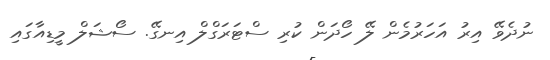
ނުދެވޭ އިރު އަހަރުމެން ލޭ ހޯދަން ކުރި ސްޓަރަގްލް އިނގޭ. ސޯޝަލް މީޑިއާގައި